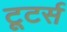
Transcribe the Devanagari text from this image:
टूटर्स